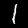
Label: 1